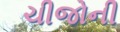
ચીજોની